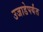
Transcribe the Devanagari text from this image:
उजाडेपर्यंत